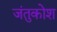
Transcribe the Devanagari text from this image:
जंतुकोश